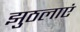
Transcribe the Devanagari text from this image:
झुठलाएं